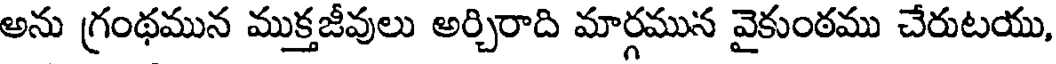
అను గ్రంథమున ముక్తజీవులు అర్చిరాది మార్గమున వైకుంఠము చేరుటయు,